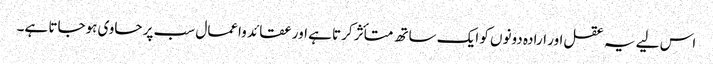
اس لیے یہ عقل اور ارادہ دونوں کو ایک ساتھ متأثر کرتا ہے اور عقائد واعمال سب پر حاوی ہوجاتا ہے۔